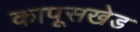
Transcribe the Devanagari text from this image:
कापूसखेड